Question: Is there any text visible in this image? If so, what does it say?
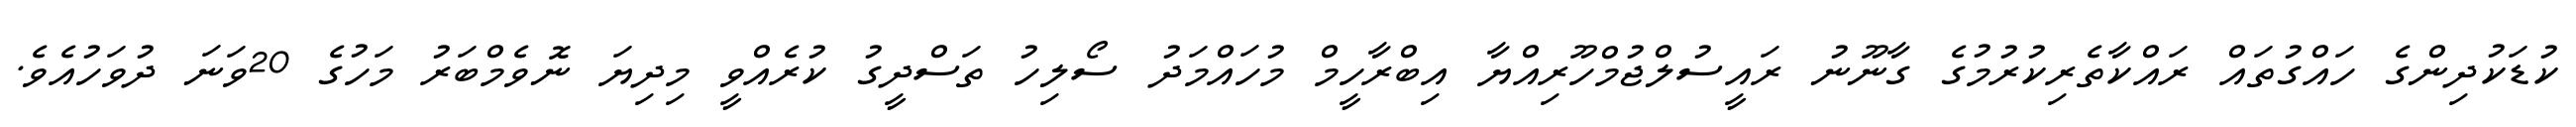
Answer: ކުޑަކުދިންގެ ހައްގުތައް ރައްކާތެރިކުރުމުގެ ގާނޫނު ރައީސުލްޖުމްހޫރިއްޔާ އިބްރާހީމް މުހައްމަދު ސޯލިހު ތަސްދީގު ކުރެއްވީ މިދިޔަ ނޮވެމްބަރު މަހުގެ 20ވަނަ ދުވަހުއެވެ.